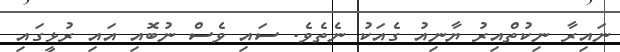
ނައިރާ ނިކުތްއިރު ޔާނިއު ގެއަކު ނެތެވެ. ސައި ވެސް ނުބޮއި އައި ރުޅީގައި